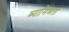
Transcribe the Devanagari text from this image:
व्यामिश्रता